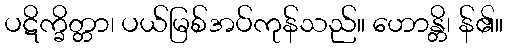
ပဋိက္ခိတ္တာ၊ ပယ်မြစ်အပ်ကုန်သည်။ ဟောန္တိ၊ န်၏။